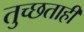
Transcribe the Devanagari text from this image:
तुच्छताही